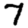
Digit: 7